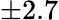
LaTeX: \pm 2.7